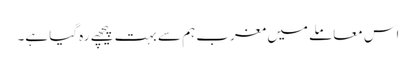
اس معاملے میں مغرب ہم سے بہت پیچھے رہ گیا ہے۔